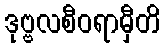
ဒုဗ္ဗလစီဝရာမှီတိ